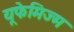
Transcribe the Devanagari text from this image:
यूफेमिज्म